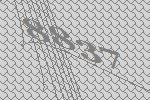
8837